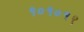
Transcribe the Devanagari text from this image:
१०१०१९